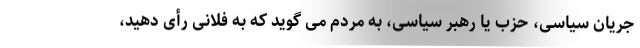
جریان سیاسی، حزب یا رهبر سیاسی، به مردم می گوید که به فلانی رأی دهید،